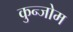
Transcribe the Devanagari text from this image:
कुन्जोम